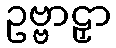
ဥဗ္ဗာဠှာ